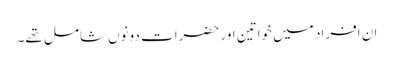
ان افراد میں خواتین اور حضرات دونوں شامل تھے۔